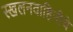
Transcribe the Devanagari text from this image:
स्खलनवाहिनीचे